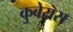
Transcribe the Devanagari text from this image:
कुबेरास